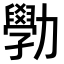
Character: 𫦾